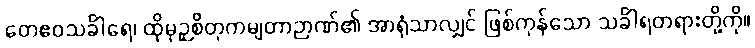
တေဧဝသင်္ခါရေ၊ ထိုမုဉှစိတုကမျတာဉာဏ်၏ အာရုံသာလျှင် ဖြစ်ကုန်သော သင်္ခါရတရားတို့ကို။